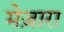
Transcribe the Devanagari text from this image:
मेज़ारा